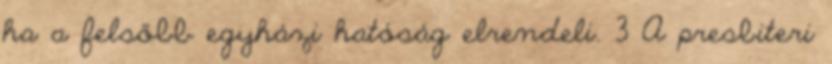
ha a felsőbb egyházi hatóság elrendeli. 3 A presbiteri